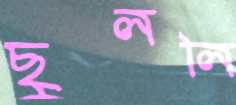
ছুললি